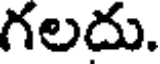
గలదు.